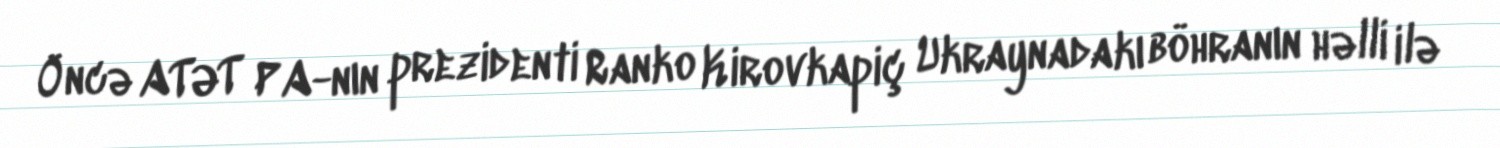
Öncə ATƏT PA-nın prezidenti Ranko Kirovkapiç Ukraynadakı böhranın həlli ilə